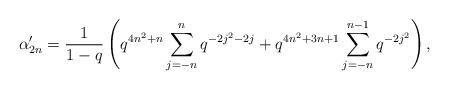
LaTeX: \begin{align*} \alpha'_{2n} = \frac{1}{1-q}\left(q^{4n^2+n}\sum_{j=-n}^{n}q^{-2j^2-2j} + q^{4n^2+3n+1}\sum_{j=-n}^{n-1}q^{-2j^2}\right), \end{align*}